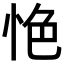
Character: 𢙚